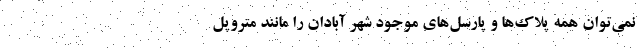
نمی‌توان همه پلاک‌ها و پارسل‌های موجود شهر آبادان را مانند متروپل